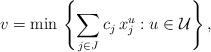
LaTeX: \begin{align*}v = \min \, \left\{\sum\limits_{j \in J} c_j \, x^u_j: u \in \mathcal{U}\right\}, \end{align*}